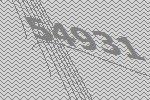
54931